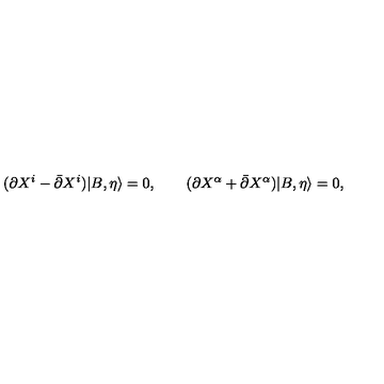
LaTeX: ( \partial X ^ { i } - \bar { \partial } X ^ { i } ) | B , \eta \rangle = 0 , \qquad ( \partial X ^ { \alpha } + \bar { \partial } X ^ { \alpha } ) | B , \eta \rangle = 0 ,